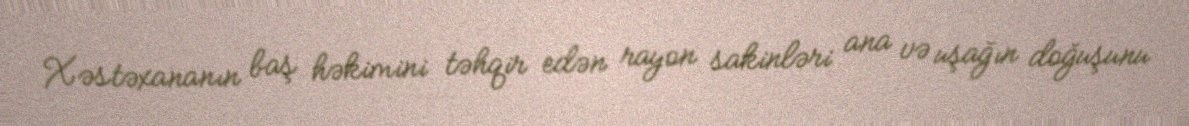
Xəstəxananın baş həkimini təhqir edən rayon sakinləri ana və uşağın doğuşunu